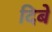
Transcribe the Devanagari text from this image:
दिबे